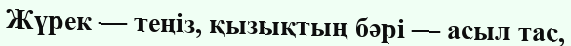
Жүрек — теңіз, қызықтың бәрі — асыл тас,